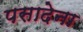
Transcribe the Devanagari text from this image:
पसादेना